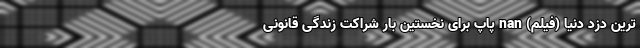
ترین ‌دزد دنیا (فیلم) nan پاپ برای نخستین بار شراکت زندگی قانونی